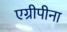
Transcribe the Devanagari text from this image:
एग्रीपीना